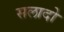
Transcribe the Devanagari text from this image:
सलादो